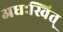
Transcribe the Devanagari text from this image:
अधःस्वित्